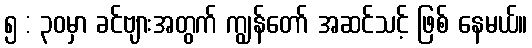
၅ : ၃၀မှာ ခင်ဗျားအတွက် ကျွန်တော် အဆင်သင့် ဖြစ် နေမယ်။